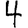
Digit: 4